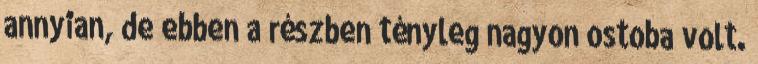
annyian, de ebben a részben tényleg nagyon ostoba volt.